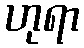
ဟုရာ